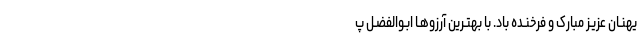
یهنـان عزیـز مبارک و فرخنـده باد. با بهتـرین آرزوهـا ابـوالفضـل پ